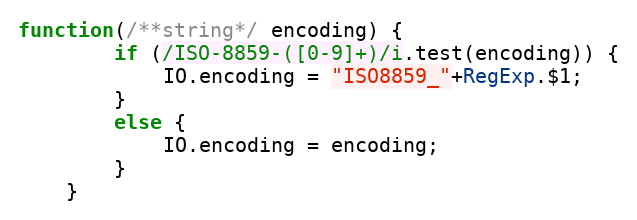
Language: JavaScript
function(/**string*/ encoding) {
		if (/ISO-8859-([0-9]+)/i.test(encoding)) {
			IO.encoding = "ISO8859_"+RegExp.$1;
		}
		else {
			IO.encoding = encoding;
		}
	}